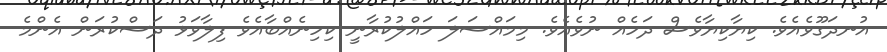
އުނދަގޫވެއެވެ. ކިޔާކިޔާވެސް ދަހެއް ނުވެއެވެ. މިމައްސަލަ ހައްލުކުރާނީ ކިހިނެއްބާއެވެ ފިލާވަޅު ދަސްކުރަން އެންމެ